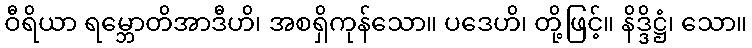
ဝီရိယာ ရမ္ဘောတိအာဒီဟိ၊ အစရှိကုန်သော။ ပဒေဟိ၊ တို့ဖြင့်။ နိဒ္ဒိဋ္ဌံ၊ သော။